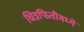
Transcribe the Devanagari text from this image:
चित्रफितीमध्ये